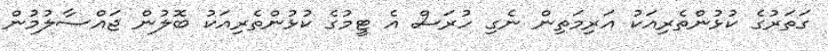
ގަތަރުގެ ކުޅުންތެރިއަކު އަރިމަތިން ނެގި ހުރަސް އެ ޓީމުގެ ކުޅުންތެރިއަކު ބޮލުން ޖައްސާލުމުން